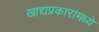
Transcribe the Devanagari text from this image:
खाद्यप्रकारांमध्ये